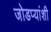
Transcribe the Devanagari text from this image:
जोडप्यांशी